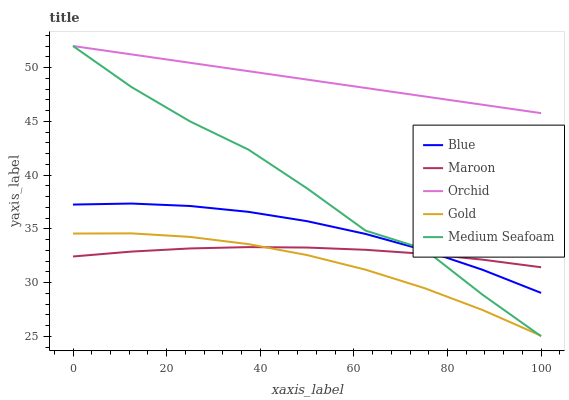
| xaxis_label | Blue | Maroon | Orchid | Gold | Medium Seafoam |
 | --- | --- | --- | --- | --- | --- |
 | 0 | 37.2 | 32.4 | 52 | 34.6 | 52 |
 | 12.5 | 37.3 | 32.9 | 51.2 | 34.6 | 48.2 |
 | 25 | 37.1 | 33.2 | 50.4 | 34.2 | 45 |
 | 37.5 | 36.6 | 33.3 | 49.7 | 33.6 | 42.4 |
 | 50 | 35.7 | 33.3 | 48.9 | 32.6 | 38.8 |
 | 62.5 | 34.5 | 33 | 48.1 | 31.2 | 34.8 |
 | 75 | 33 | 32.7 | 47.3 | 29.5 | 33.1 |
 | 87.5 | 31.2 | 32.1 | 46.5 | 27.4 | 28.9 |
 | 100 | 29 | 31.4 | 45.8 | 25 | 25 |